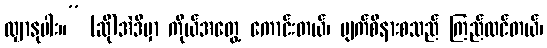
လျှာနုပါး။” (ဆို)အဲဒီမှာ ကိုယ်အတွေ့ ကောင်းတယ်၊ မျက်စိနားစသည် ကြည်လင်တယ်၊